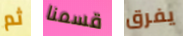
ثم قسمنا يفرق